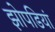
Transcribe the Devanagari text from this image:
झोपडियां